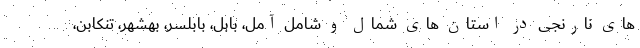
های نارنجی در استان های شمال و شامل آمل، بابل، بابلسر، بهشهر، تنکابن،